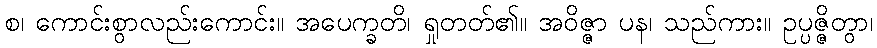
စ၊ ကောင်းစွာလည်းကောင်း။ အပေက္ခတိ၊ ရှုတတ်၏။ အဝိဇ္ဇာ ပန၊ သည်ကား။ ဥပ္ပဇ္ဇိတွာ၊